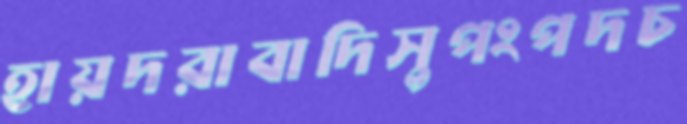
হায়দরাবাদিসুপংপদচ